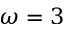
\omega = 3